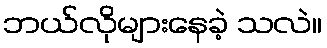
ဘယ်လိုများနေခဲ့ သလဲ။